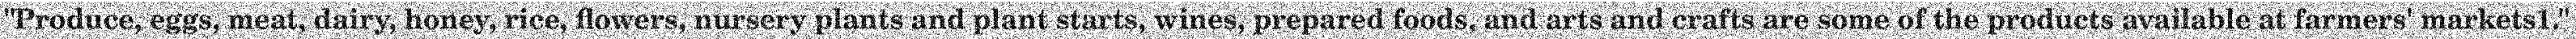
"Produce, eggs, meat, dairy, honey, rice, flowers, nursery plants and plant starts, wines, prepared foods, and arts and crafts are some of the products available at farmers' markets1."